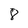
Character: 8